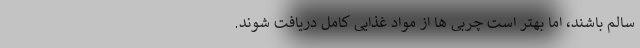
سالم باشند، اما بهتر است چربی ها از مواد غذایی کامل دریافت شوند.